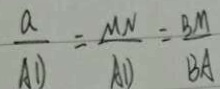
\frac { a } { A D } = \frac { M N } { A D } = \frac { B M } { B A }